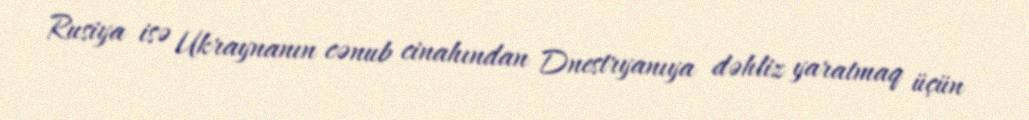
Rusiya isə Ukraynanın cənub cinahından Dnestryanıya dəhliz yaratmaq üçün